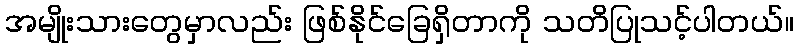
အမျိုးသားတွေမှာလည်း ဖြစ်နိုင်ခြေရှိတာကို သတိပြုသင့်ပါတယ်။